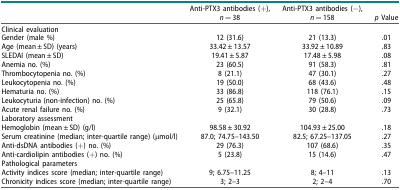
|  | Anti-PTX3 antibodies (+),n = 38 | Anti-PTX3 antibodies (−),n = 158 | p Value |
 | --- | --- | --- | --- |
 | Clinical evaluation |  |  |  |
 | Gender (male %) | 12 (31.6) | 21 (13.3) | .01 |
 | Age (mean ± SD) (years) | 33.42 ± 13.57 | 33.92 ± 10.89 | .83 |
 | SLEDAI (mean ± SD) | 19.41 ± 5.87 | 17.48 ± 5.98 | .08 |
 | Anemia no. (%) | 23 (60.5) | 91 (58.3) | .81 |
 | Thrombocytopenia no. (%) | 8 (21.1) | 47 (30.1) | .27 |
 | Leukocytopenia no. (%) | 19 (50.0) | 68 (43.6) | .48 |
 | Hematuria no. (%) | 33 (86.8) | 118 (76.1) | .15 |
 | Leukocyturia (non-infection) no. (%) | 25 (65.8) | 79 (50.6) | .09 |
 | Acute renal failure no. (%) | 9 (32.1) | 30 (28.8) | .73 |
 | Laboratory assessment |  |  |  |
 | Hemoglobin (mean ± SD) (g/l) | 98.58 ± 30.92 | 104.93 ± 25.00 | .18 |
 | Serum creatinine (median; inter-quartile range) (μmol/l) | 87.0; 74.75–143.50 | 82.5; 67.25–137.05 | .27 |
 | Anti-dsDNA antibodies (+) no. (%) | 29 (76.3) | 107 (68.6) | .35 |
 | Anti-cardiolipin antibodies (+) no. (%) | 5 (23.8) | 15 (14.6) | .47 |
 | Pathological parameters |  |  |  |
 | Activity indices score (median; inter-quartile range) | 9; 6.75–11.25 | 8; 4–11 | .13 |
 | Chronicity indices score (median; inter-quartile range) | 3; 2–3 | 2; 2–4 | .70 |